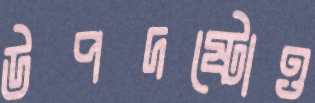
উপদষ্টোও